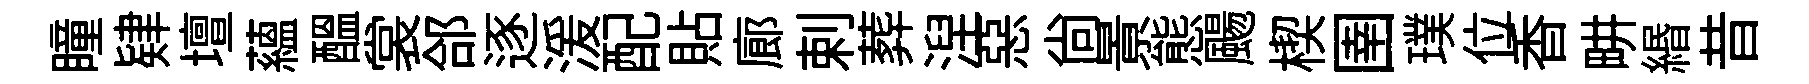
瞳肄壇蘊醖裳郃逐湲配貼廊剌葬湼惡尚㬌態颺楔圉璞位香畊緡昔